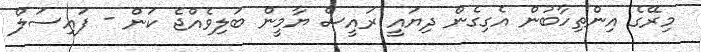
މިރޭގެ އިންތިހާބުން އެގިގެން ދިޔައީ ރައީސް ޔާމީން ބަލިވެއްޖެ ކަން - ފައިސަލް